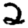
Digit: 2